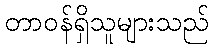
တာဝန်ရှိသူများသည်